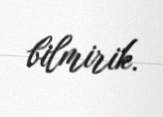
bilmirik.